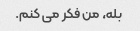
بله، من فکر می کنم.